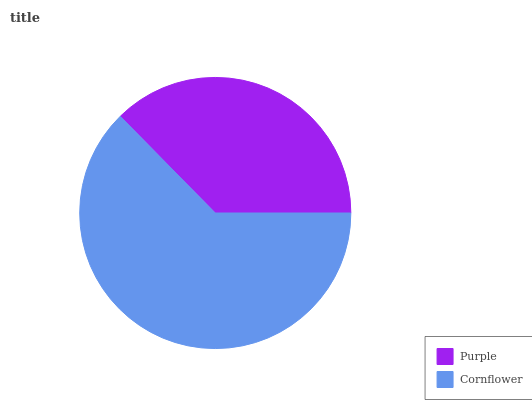
| Purple | Cornflower |
 | --- | --- |
 | 37.4% | 62.6% |